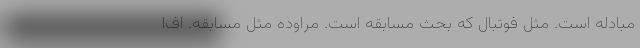
مبادله است. مثل فوتبال که بحث مسابقه است. مراوده مثل مسابقه. اف‌ا